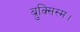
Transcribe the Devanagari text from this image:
ब्रुक्सिस्म।